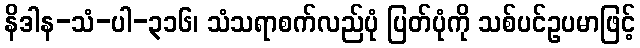
နိဒါန-သံ-ပါ-၃၁၆၊ သံသရာစက်လည်ပုံ ပြတ်ပုံကို သစ်ပင်ဥပမာဖြင့်